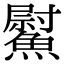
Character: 𩻍